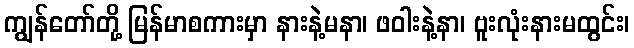
ကျွန်တော်တို့ မြန်မာစကားမှာ နားနဲ့မနာ၊ ဖဝါးနဲ့နာ၊ ဗူးလုံးနားမထွင်း၊